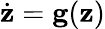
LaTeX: \dot{\textbf{z}}=\textbf{g}(\textbf{z})